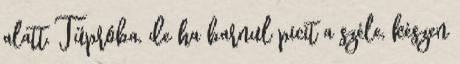
alatt. Tűpróba, de ha barnul picit a széle, készen